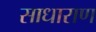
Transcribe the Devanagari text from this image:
साधाराण